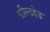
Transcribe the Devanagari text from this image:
फील्डहेड